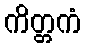
ကိတ္တကံ